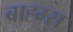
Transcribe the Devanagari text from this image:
ब्राह्म्स